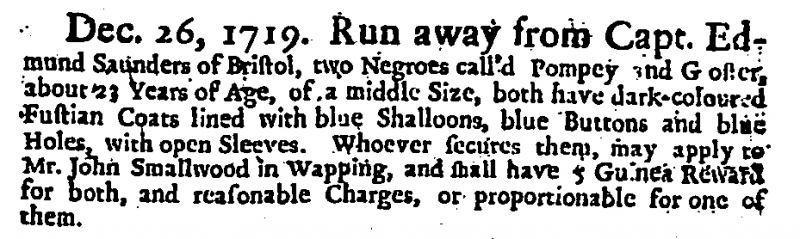
Daily Courant, 4 January 1720 (England)
Dec. 26, 1719. Run away from Capt. Edmund Saunders of Bristol, two Negroes call’d Pompey and G[]oster, about 23 Years of Age, of a middle Size, both have dark-coloured Fustian Coats lined with blue Shalloons, blue Buttons and blue Holes, with open Sleeves. Whoever secures them may apply to Mr. John Smallwood in Wapping, and shall have 5 Guinea Reward for both, and reasonable Charges, or proportionable for one of them.